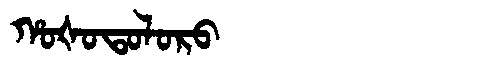
Manchu: ᡥᠣᡧᠣᡨᠣᠯᠣᡵᠣ
Romanization: HOŠOTOLORO